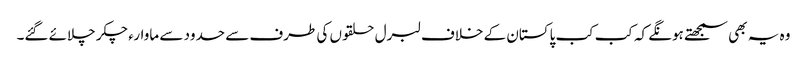
وہ یہ بھی سمجھتے ہونگے کہ کب کب پاکستان کے خلاف لبرل حلقوں کی طرف سے حدود سے ماوارء چکر چلائے گئے۔